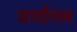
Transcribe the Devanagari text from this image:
वर्णागम